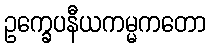
ဥက္ခေပနီယကမ္မကတော